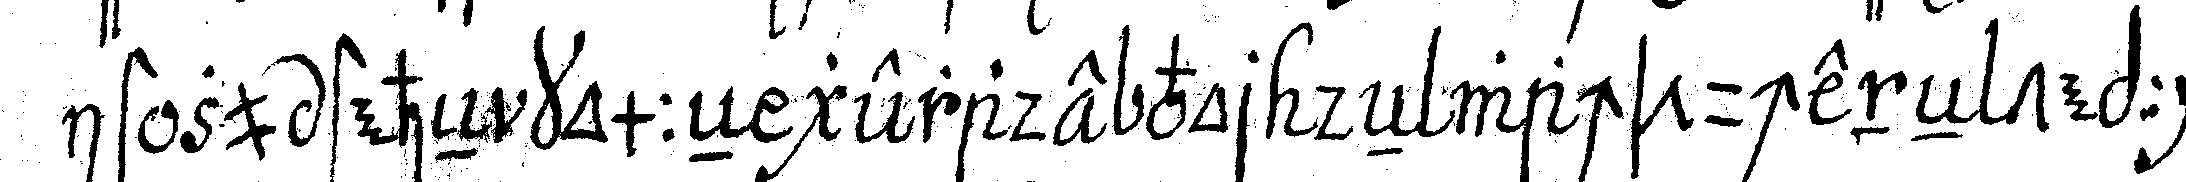
ist zu steheN kommeN gerade vor deN wachstucheneN teppich